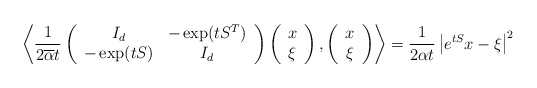
\begin{align*} \left\langle \frac{1}{2\overline{\alpha}t}\left(\begin{array}{cc}I_d &-\exp(tS^T)\\-\exp(tS) &I_d\end{array}\right)\left(\begin{array}{c}x\\\xi\end{array}\right), \left(\begin{array}{c}x\\\xi\end{array}\right)\right\rangle = \frac{1}{2\alpha t}\left|e^{tS}x-\xi\right|^2 \end{align*}